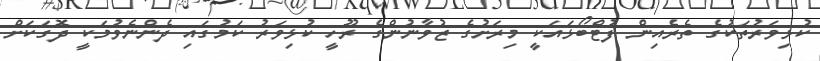
ކުޅިވަރުތަކުގެ ތެރެއިން ފުޓްބޯޅައަކީ މިރަށުގެ ޒުވާނުންގެ ރޫހީ ކުޅިވަރު ކަމުގައި ދެންނެވުމަކީ ދޮގަކަށް